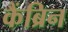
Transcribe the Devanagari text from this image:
कैंब्रिन